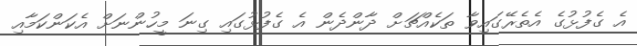
އެ ގެފުޅުގެ އެތެރޭގައިވާ ތަކެއްޗަށް ދާންދެން އެ ގެފުޅުގައި ގިނަ މީހުންނަށް އެކަންކަމާއި